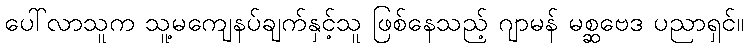
ပေါ်လာသူက သူ့မကျေနပ်ချက်နှင့်သူ ဖြစ်နေသည့် ဂျာမန် မစ္ဆဗေဒ ပညာရှင်။